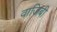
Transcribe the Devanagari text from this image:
वाजिबी